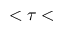
< \tau <